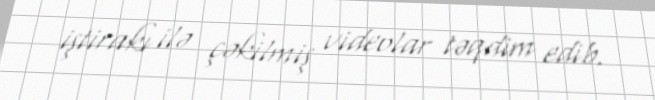
iştirakı ilə çəkilmiş videolar təqdim edib.